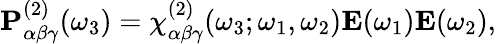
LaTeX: \begin{array}{r}{\mathbf{P}_{\alpha\beta\gamma}^{(2)}(\omega_{3})=\chi_{\alpha\beta\gamma}^{(2)}(\omega_{3};\omega_{1},\omega_{2})\mathbf{E}(\omega_{1})\mathbf{E}(\omega_{2}),}\end{array}